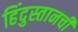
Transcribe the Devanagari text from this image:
हिंदुस्तानची